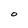
Character: O